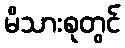
မိသားစုတွင်